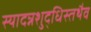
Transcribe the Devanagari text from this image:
स्यादन्नशुद्धिस्तथैव